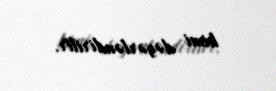
kimi dəyərləndirilir.